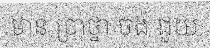
មាន ប្រាថ្នា ចង់ ជួយ